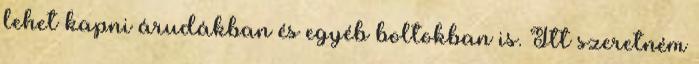
lehet kapni árudákban és egyéb boltokban is. Itt szeretném